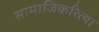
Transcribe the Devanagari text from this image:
सामाजिकरित्या